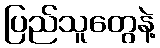
ပြည်သူတွေနဲ့